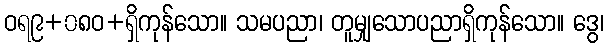
ဝရ၉+၀၈ဝ+ရှိကုန်သော။ သမပညာ၊ တူမျှသောပညာရှိကုန်သော။ ဒွေ၊